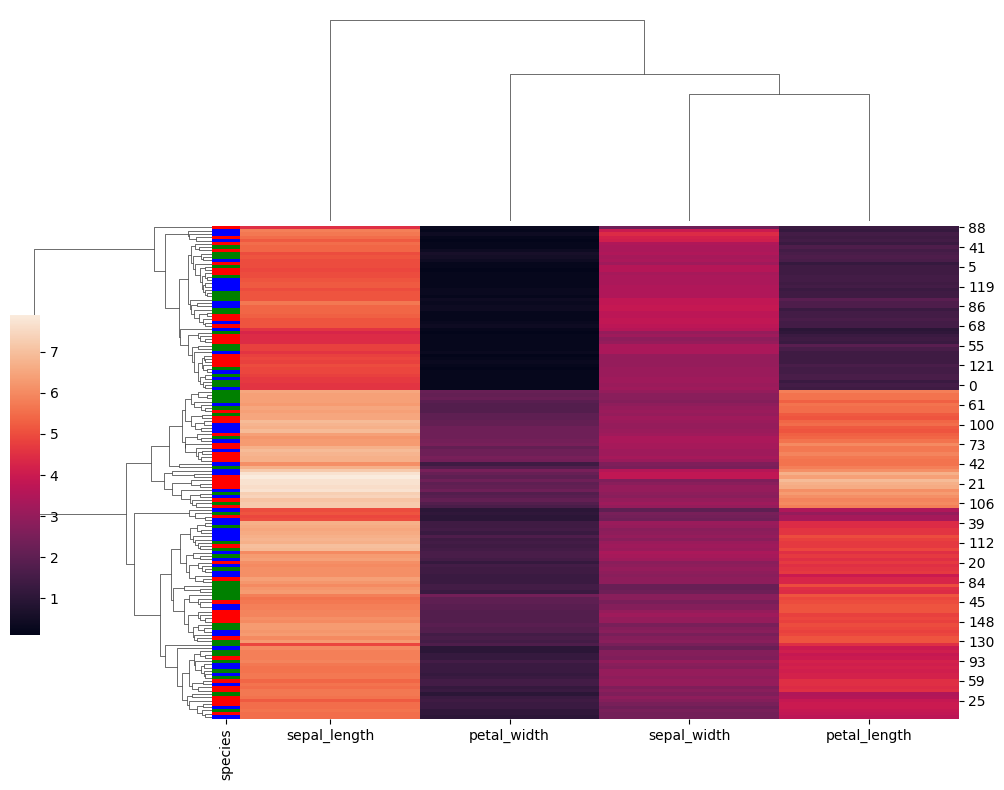
python, seaborn, clustermap, figsize=(10, 8), row_cluster=True, dendrogram_ratio=(0.2, 0.3), cbar_pos=(0, 0.2, 0.03, 0.4)